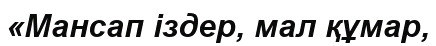
«Мансап іздер, мал құмар,